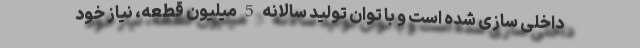
داخلی سازی شده است و با توان تولید سالانه 5 میلیون قطعه، نیاز خود